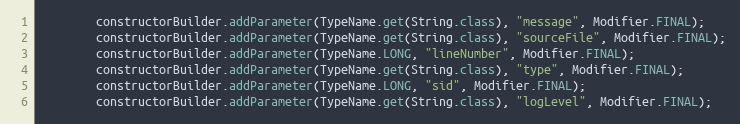
Language: Java
        constructorBuilder.addParameter(TypeName.get(String.class), "message", Modifier.FINAL);
        constructorBuilder.addParameter(TypeName.get(String.class), "sourceFile", Modifier.FINAL);
        constructorBuilder.addParameter(TypeName.LONG, "lineNumber", Modifier.FINAL);
        constructorBuilder.addParameter(TypeName.get(String.class), "type", Modifier.FINAL);
        constructorBuilder.addParameter(TypeName.LONG, "sid", Modifier.FINAL);
        constructorBuilder.addParameter(TypeName.get(String.class), "logLevel", Modifier.FINAL);